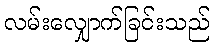
လမ်းလျှောက်ခြင်းသည်